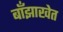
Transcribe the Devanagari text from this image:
बाँझाखेत